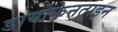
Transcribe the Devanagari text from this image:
डायोफेनताइन